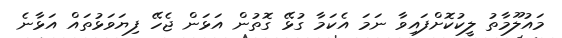
މައުލޫމާތު ލީކުކޮށްފައިވާ ނަމަ އެކަމާ ގުޅޭ ގޮތުން އަޅަން ޖެހޭ ފިޔަވަޅުތައް އަޅާނެ